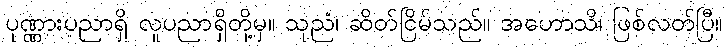
ပုဏ္ဏားပညာရှိ လူပညာရှိတို့မှ။ သုညံ၊ ဆိတ်ငြိမ်သည်။ အဟောသိ၊ ဖြစ်လတ်ပြီ။